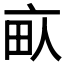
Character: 𰢾